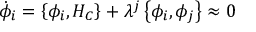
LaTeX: \dot { \phi } _ { i } = \left\{ \phi _ { i } , H _ { C } \right\} + \lambda ^ { j } \left\{ \phi _ { i } , \phi _ { j } \right\} \approx 0